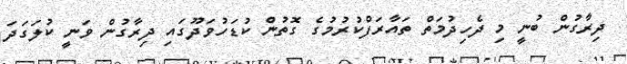
ދިރާގުން ބުނީ މި ދެހިދުމަތް ތައާރަފްކުރުމުގެ ގޮތުން ކުޑަހުވަދޫގައި ދިރާގުން ވަނީ ކުލަގަދަ